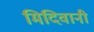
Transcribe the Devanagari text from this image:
मिदिवानी